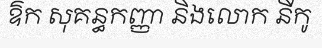
ឱក សុគន្ធកញ្ញា និងលោក នីកូ